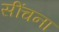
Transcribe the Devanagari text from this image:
सींचना